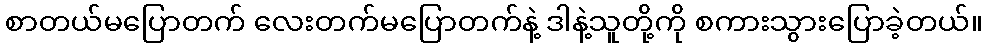
စာတယ်မပြောတက် လေးတက်မပြောတက်နဲ့ ဒါနဲ့သူတို့ကို စကားသွားပြောခဲ့တယ်။